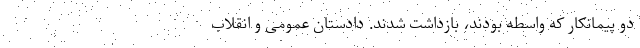
دو پیمانکار که واسطه بودند، بازداشت شدند. دادستان عمومی و انقلاب